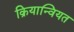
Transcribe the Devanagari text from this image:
क्रियान्वियत